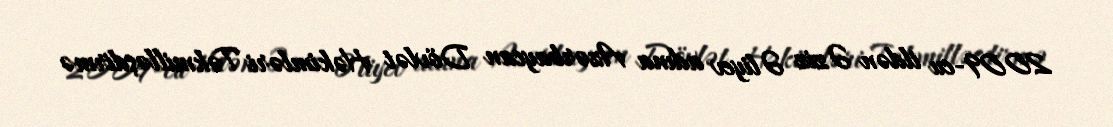
2009-cu ildən Əziz Əliyev adına Azərbaycan Dövlət Həkimləri Təkmilləşdirmə